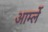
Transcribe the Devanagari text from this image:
आर्म्ले